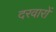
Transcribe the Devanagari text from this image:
दरवारों